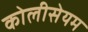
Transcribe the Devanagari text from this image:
कोलीसेयम